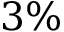
3 \%